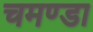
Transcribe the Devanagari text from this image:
चमण्डा